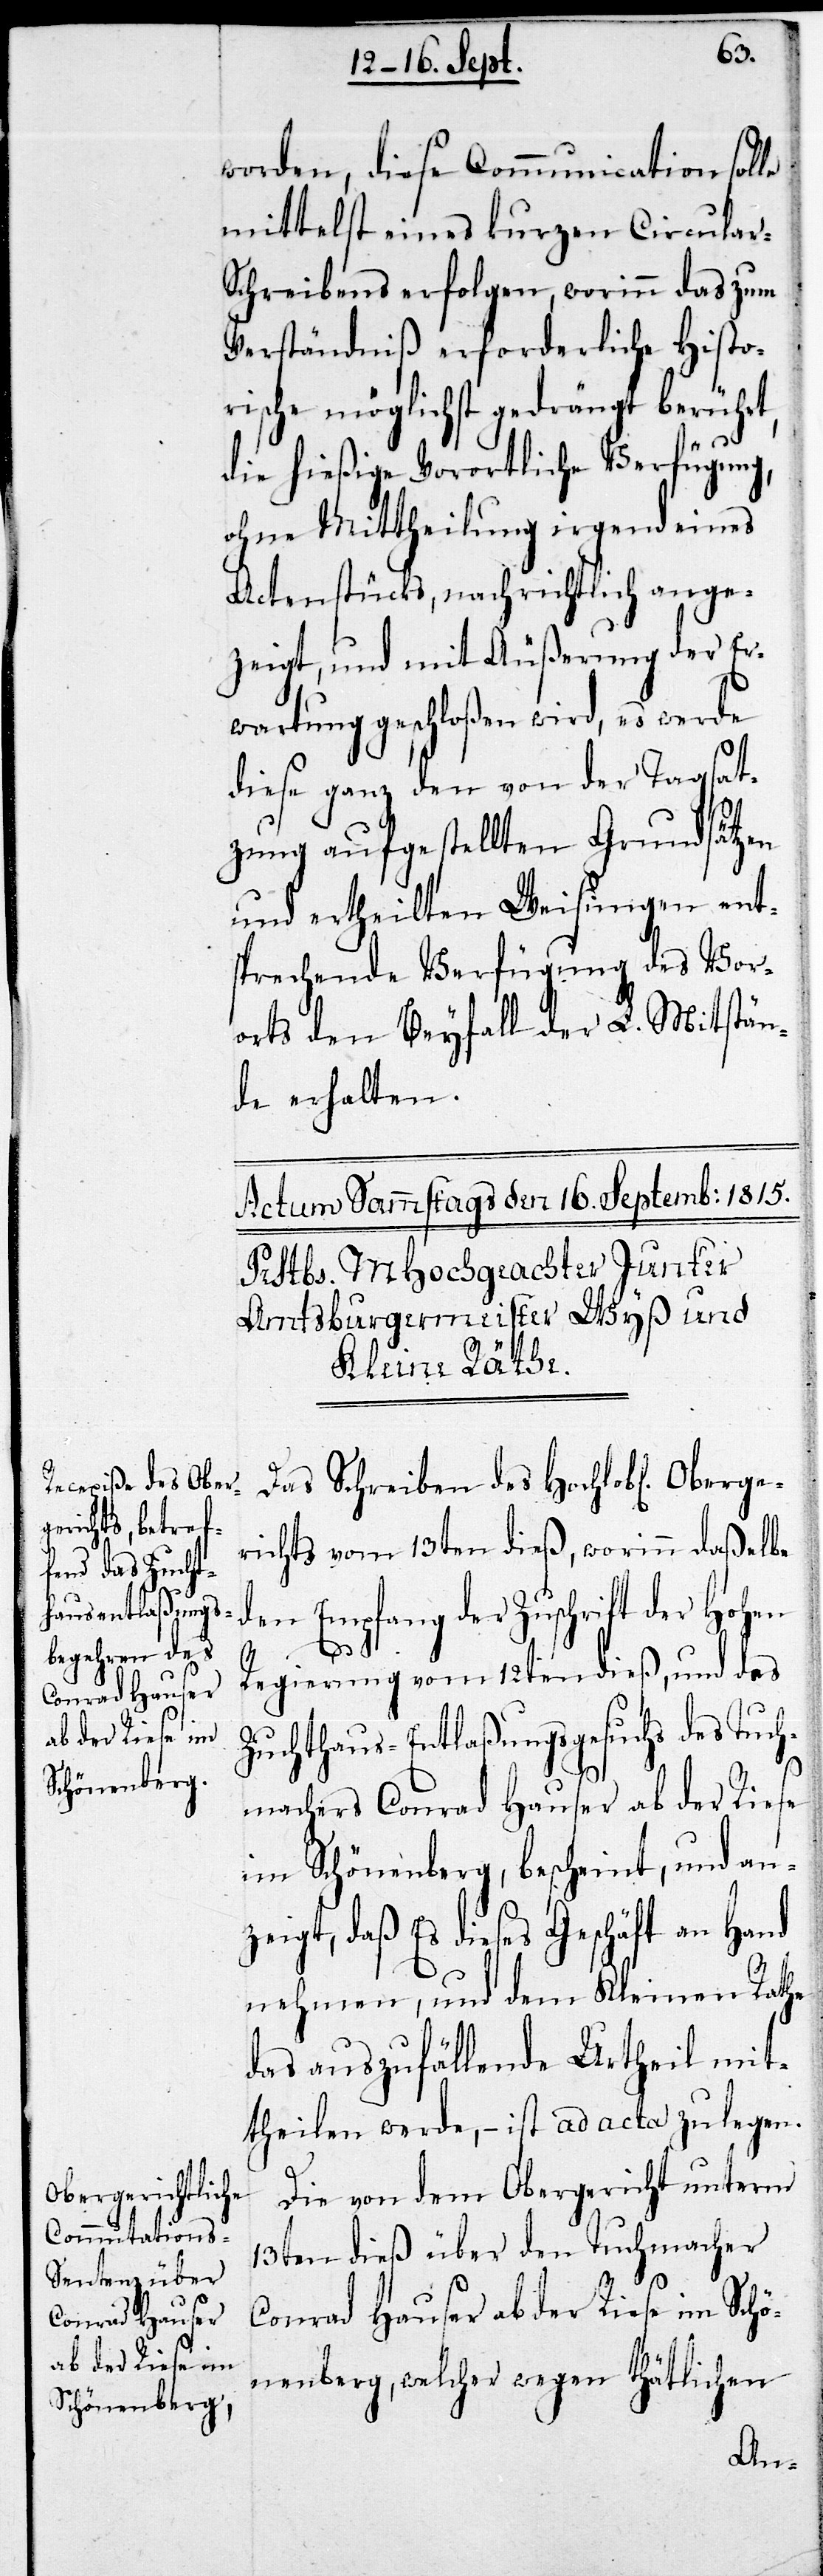
worden, diese Communication solle
mittelst eines kurzen Circular-S¬
chreibens erfolgen, worinn das zum
Verständnis erforderliche Histo¬
rische möglichst gedrängt berührt,
die hießige Vorortliche Verfügung,
ohne Mittheilung irgend eines
Actenstücks, nachrichtlich ange¬
zeigt, und mit Äußerung der Er¬
wartung geschloßen wird, es werde
diese ganz den von der Tagsat¬
zung aufgestellten Grundsätzen
und ertheilten Weisungen ent¬
sprechende Verfügung des Vor¬
orts den Beyfall der L. Mitstän¬
de erhalten.
Das Schreiben des Hochlobl. Oberge¬
richts vom 13ten dieß, worinn daßelbe
den Empfang der Zuschrift der Hohen
Regierung vom 12ten dieß, und das
Zuchthaus-Entlaßungsgesuch des Tuch¬
machers Conrad Hauser ab der Riese
in Schönenberg, bescheint, und an¬
zeigt, daß Es dieses Geschäft an die
nehmen, und dem Kleinen Rathe
das auszufällende Urtheil mit¬
theilen werde, – ist ad acta zu legen.
Die von dem Obergericht unterm
13ten dieß über den Tuchmacher
Conrad Hauser ab der Riese im Schö¬
nenberg, welcher wegen thätlichen